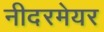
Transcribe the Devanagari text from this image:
नीदरमेयर